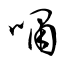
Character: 嘯